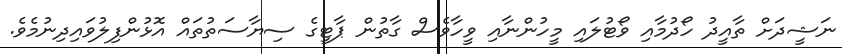
ނަޝީދަށް ތާއީދު ހޯދުމާއި ވޯޓުލައި މީހުންނާއި ވީހާވެސް ގާތުން ޕާޓީގެ ސިޔާސަތުތައް އޮޅުންފިލުވައިދިނުމެވެ.